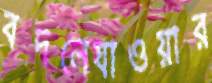
বদলেযাওয়ার